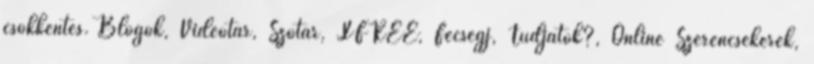
csökkentés. Blogok, Videótár, Szótár, XFREE, Fecsegj, Tudjátok?, Online Szerencsekerék,